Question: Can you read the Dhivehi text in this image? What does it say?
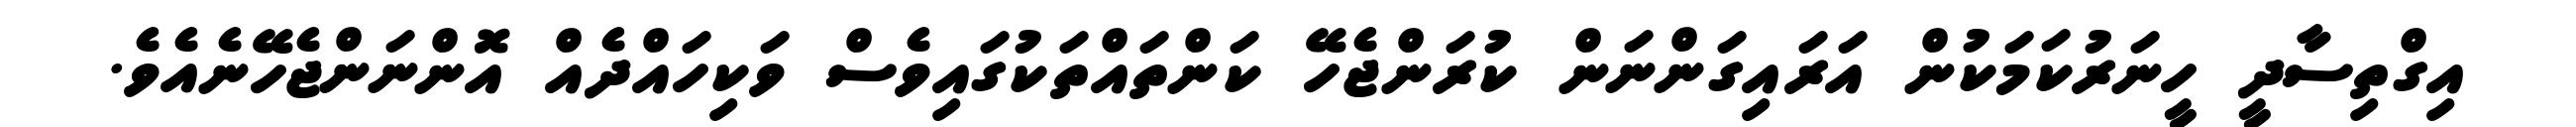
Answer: އިގްތިސާދީ ހީނަރުކަމަކުން އަރައިގަންނަން ކުރަންޖެހޭ ކަންތައްތަކުގައިވެސް ވަކިހައްދެއް އޮންނަންޖެހޭނެއެވެ.